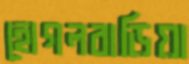
হোগলবাড়িয়া